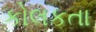
કોલકતા